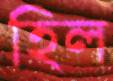
হিল